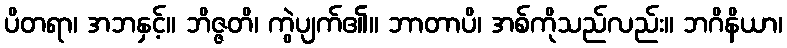
ပိတရာ၊ အဘနှင့်။ ဘိဇ္ဇတိ၊ ကွဲပျက်၏။ ဘာတာပိ၊ အစ်ကိုသည်လည်း။ ဘဂိနိယာ၊